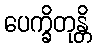
ပေက္ခိတုန္တိ